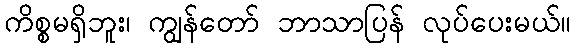
ကိစ္စမရှိဘူး၊ ကျွန်တော် ဘာသာပြန် လုပ်ပေးမယ်။